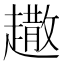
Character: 𧽾